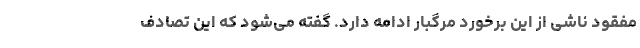
مفقود ناشی از این برخورد مرگبار ادامه دارد. گفته می‌شود که این تصادف